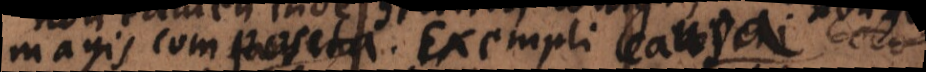
magis composita. Exempli causa